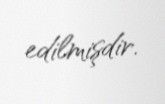
edilmişdir.